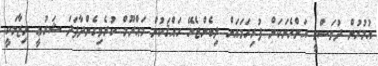
އުމުރުން ދުވަސްވީ އަންހެނަކަށް ފުރިހަމައަށް ލިބެންޖެހޭ ހައްޤަކުން މަޙްރޫމް ކުރެވިގެންދާފަދަ ޝަރުޢީ ނިޒާމަކީ